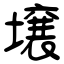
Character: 壌